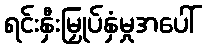
ရင်းနှီးမြှုပ်နှံမှုအပေါ်